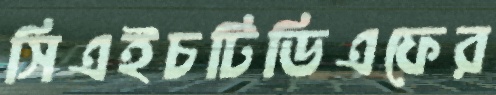
সিএইচটিডিএফের